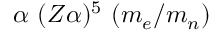
\alpha ~ ( Z \alpha ) ^ { 5 } ~ ( m _ { e } / m _ { n } )